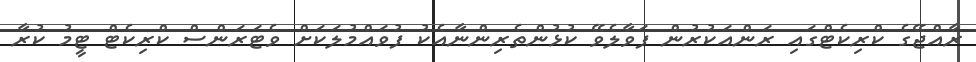
ރާއްޖޭގެ ކްރިކެޓްގައި ރަންއަކުރުން ފަވާލެވޭ ކުޅުންތެރިންނާއެކު ފުވައްމުލަކަށް ވެޓަރަންސް ކްރިކެޓް ޓީމު ކުރާ